Indian journal of veterinary science and animal husbandry - Volumes 15-17, 1948-1951
Year: 1948
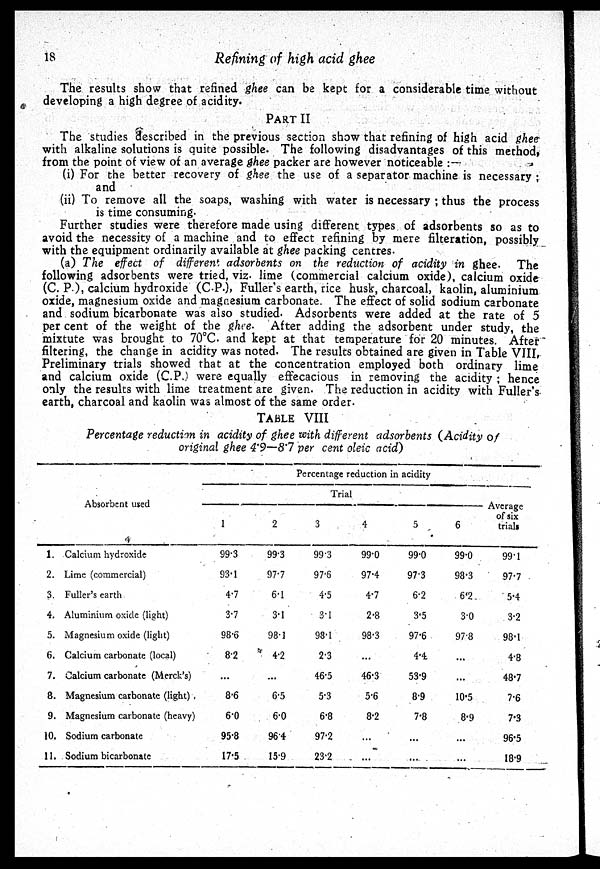
18
Refining of high acid ghee
The results show that refined ghee can be kept for a considerable time without
developing a high degree of acidity.
PART II
The studies described in the previous section show that refining of high acid ghee
with alkaline solutions is quite possible. The following disadvantages of this method,
from the point of view of an average ghee packer are however noticeable:—
(i) For the better recovery of ghee the use of a separator machine is necessary;
and
(ii) To remove all the soaps, washing with water is necessary; thus the process
is time consuming.
Further studies were therefore made using different types of adsorbents so as to
avoid the necessity of a machine and to effect refining by mere filteration, possibly
with the equipment ordinarily available at ghee packing centres.
(a) The effect of different adsorbents on the reduction of acidity in ghee. The
following adsorbents were tried, viz. lime (commercial calcium oxide), calcium oxide
(C. P.), calcium hydroxide (C.P.), Fuller's earth, rice husk, charcoal, kaolin, aluminium
oxide, magnesium oxide and magnesium carbonate. The effect of solid sodium carbonate
and sodium bicarbonate was also studied. Adsorbents were added at the rate of 5
per cent of the weight of the ghee. After adding the adsorbent under study, the
mixtute was brought to 70°C. and kept at that temperature for 20 minutes. After
filtering, the change in acidity was noted. The results obtained are given in Table VIII,
Preliminary trials showed that at the concentration employed both ordinary lime
and calcium oxide (C.P.) were equally effecacious in removing the acidity; hence
only the results with lime treatment are given. The reduction in acidity with Fuller's
earth, charcoal and kaolin was almost of the same order.
TABLE VIII
Percentage reduction in acidity of ghee with different adsorbents (Acidity of
original ghee 4.9—8.7 per cent oleic acid)
Absorbent used
1.
2.
3.
4.
5.
6.
7.
8.
9.
10.
11.
Calcium hydroxide
Lime (commercial)
Fuller's earth
Aluminium oxide (light)
Magnesium oxide (light)
Calcium carbonate (local)
Calcium carbonate (Merck's)
Magnesium carbonate (light)
Magnesium carbonate (heavy)
Sodium carbonate
Sodium bicarbonate
Percentage reduction in acidity
Trial
1
99.3
93.1
4.7
3.7
98.6
8.2
...
8.6
6.0
95.8
17.5
2
99.3
97.7
6.1
3.1
98.1
4.2
...
6.5
6.0
96.4
15.9
3
99.3
97.6
4.5
3.1
98.1
2.3
46.5
5.3
6.8
97.2
23.2
4
99.0
97.4
4.7
2.8
98.3
...
46.3
5.6
8.2
...
...
5
99.0
97.3
6.2
3.5
97.6
4.4
53.9
8.9
7.8
...
...
6
99.0
98.3
6.2
3.0
97.8
...
...
10.5
8.9
...
...
Average
of six
trials
99.1
97.7
5.4
3.2
98.1
4.8
48.7
7.6
7.3
96.5
18.9